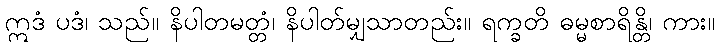
ဣဒံ ပဒံ၊ သည်။ နိပါတမတ္တံ၊ နိပါတ်မျှသာတည်း။ ရက္ခတိ ဓမ္မစာရိန္တိ၊ ကား။